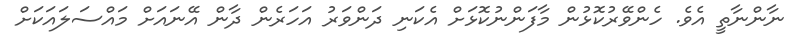
ނާންނާތީ އެެވެ. ހެންވޭރުކޮޅުން މާފަންނުކޮޅަށް އެކަނި ދަންވަރު އަހަރެން ދާން އޭނައަށް މައްސަލައަކަށް